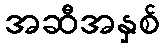
အဆီအနှစ်